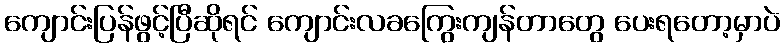
ကျောင်းပြန်ဖွင့်ပြီဆိုရင် ကျောင်းလခကြွေးကျန်တာတွေ ပေးရတော့မှာပဲ